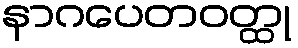
နာဂပေတဝတ္ထု